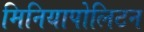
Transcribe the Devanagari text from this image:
मिनियापोलिटन